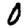
Digit: 0